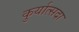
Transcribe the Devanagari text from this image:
कुर्यात्सदा